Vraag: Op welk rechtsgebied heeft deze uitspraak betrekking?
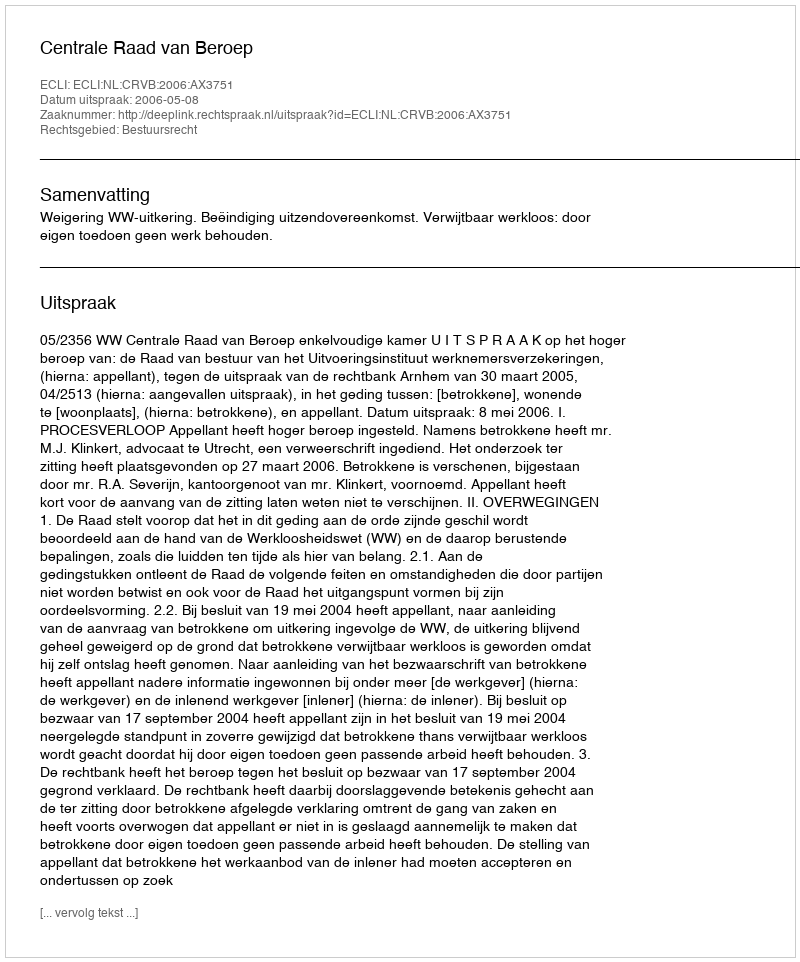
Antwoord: Bestuursrecht